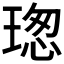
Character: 𤧚